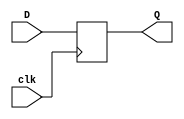
`timescale 1ns / 1ps
//////////////////////////////////////////////////////////////////////////////////
// Company: 
// Engineer: 
// 
// Design Name: 
// Module Name: DFF
// Project Name: 
// Target Devices: 
// Tool Versions: 
// Description: 
// 
// Dependencies: 
// 
// Revision:
// Revision 0.01 - File Created
// Additional Comments:
// 
//////////////////////////////////////////////////////////////////////////////////


module DFF(clk, D, Q);

input clk, D;
output reg Q;

always @(posedge clk)
begin
    Q <= D;
end
endmodule